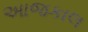
અાજકાલ